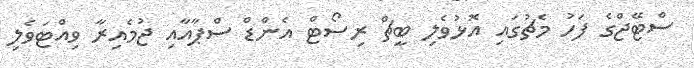
ސްޓޭޖްގެ ފަހު މެޗުގައި އޮޅުވެލި ބީޗް ރިސޯޓް އެންޑް ސްޕާއާއި ޖުމެއިރާ ވިއްޓަވެލި